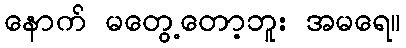
နောက် မတွေ့တော့ဘူး အမရေ။